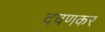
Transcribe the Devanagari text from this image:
दवणकर